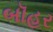
બૉહર